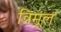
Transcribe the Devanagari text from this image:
त्रिमूल